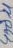
Text: 420